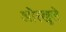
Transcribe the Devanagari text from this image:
ओरखुले